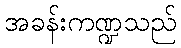
အခန်းကဏ္ဍသည်